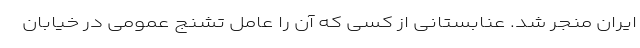
ایران منجر شد. عنابستانی از کسی که آن را عامل تشنج عمومی در خیابان